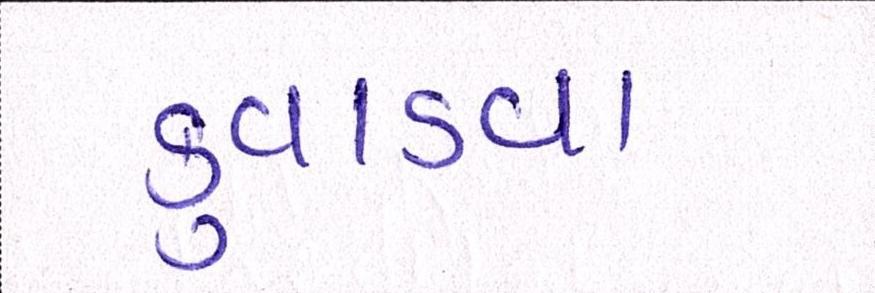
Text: કુવાડવા